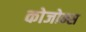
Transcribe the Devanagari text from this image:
कोजोन्स